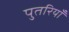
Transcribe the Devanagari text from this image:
पुतरियाँ